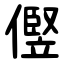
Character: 㒘